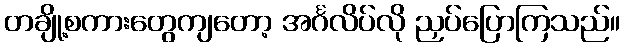
တချို့စကားတွေကျတော့ အင်္ဂလိပ်လို ညှပ်ပြောကြသည်။